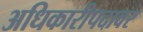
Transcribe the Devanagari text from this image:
अधिकारीपदावर